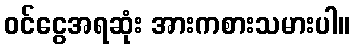
ဝင်ငွေအရဆုံး အားကစားသမားပါ။